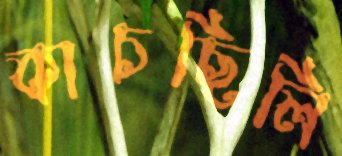
কাচছিলি